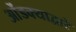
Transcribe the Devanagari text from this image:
ओंडक्याद्वारे